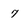
Character: 7